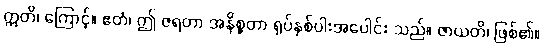
ဣတိ၊ ကြောင့်။ ဧတံ၊ ဤ ဇရတာ အနိစ္စတာ ရုပ်နှစ်ပါးအပေါင်း သည်။ ဇာယတိ၊ ဖြစ်၏။